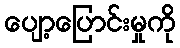
ပျော့ပြောင်းမှုကို